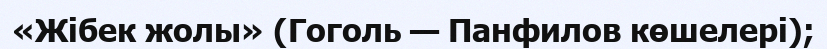
«Жібек жолы» (Гоголь — Панфилов көшелері);